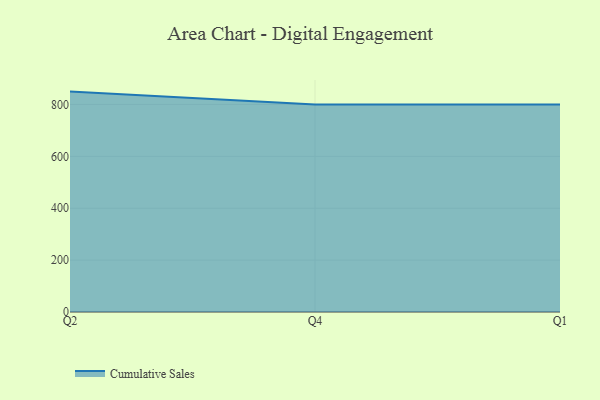
{"axis": {"x": "Quarter", "y": "Population (Million)"}, "legend": ["Cumulative Sales"], "data": [{"x": "Q2", "y": 849.5, "type": "Cumulative Sales"}, {"x": "Q4", "y": 800, "type": "Cumulative Sales"}, {"x": "Q1", "y": 800, "type": "Cumulative Sales"}]}